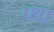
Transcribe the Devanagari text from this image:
प्था